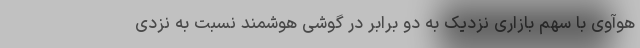
هوآوی با سهم بازاری نزدیک به دو برابر در گوشی هوشمند نسبت به نزدی